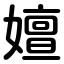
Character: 嬗